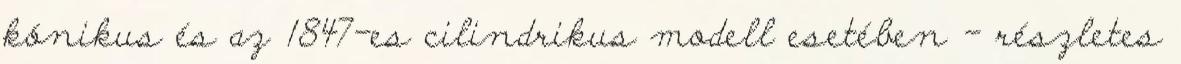
kónikus és az 1847-es cilindrikus modell esetében - részletes